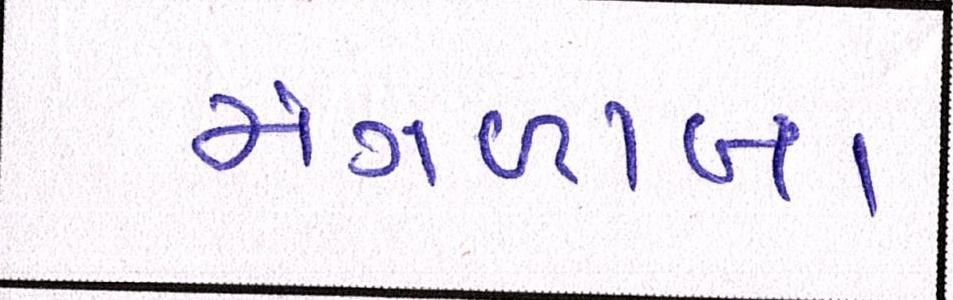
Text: મંગળાબા